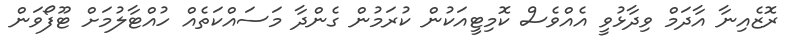
ރޮޒެއިނާ އާދަމް ވިދާޅުވީ އެއްވެސް ކޮމިޓީއަކުން ކުރަމުން ގެންދާ މަސައްކަތެއް ހުއްޓާލުމަށް ޓޫފޯވަން